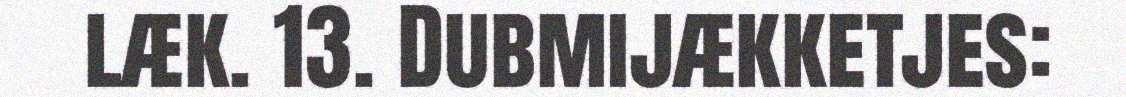
læk. 13. Dubmijækketjes: